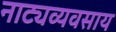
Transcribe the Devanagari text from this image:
नाट्यव्यवसाय